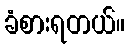
ခံစားရတယ်။